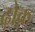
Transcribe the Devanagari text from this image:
ढ़ोक़